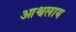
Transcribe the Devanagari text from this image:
आश्वलाय